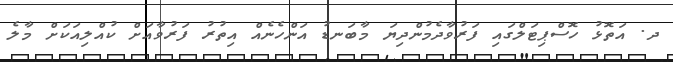
ދ. އަތޮޅު ހޮސްޕިޓަލްގައި ފަރުވާދެމުންދިޔަ މާބަނޑު އަންހެނެއް އިތުރު ފަރުވާއަށް ކުއްލިއަކަށް މާލެ